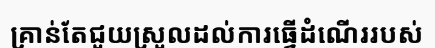
គ្រាន់តែជួយស្រួលដល់ការធ្វើដំណើររបស់